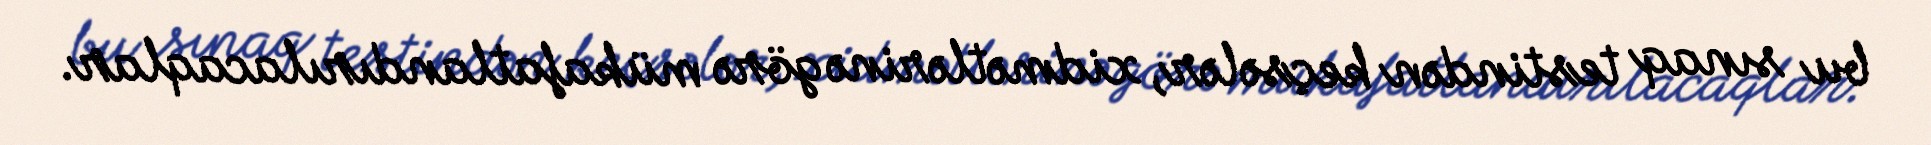
bu sınaq testindən keçsələr, xidmətlərinə görə mükafatlandırılacaqlar.